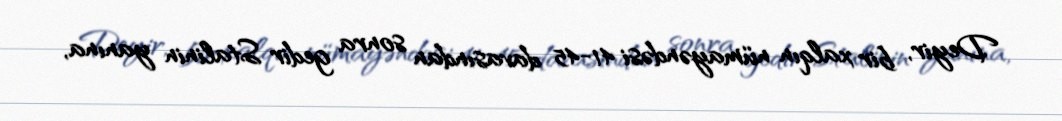
Deyir, bir xalqın nümayəndəsi 41-45 davasından sonra gedir Stalinin yanına,